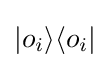
|o_{i}\rangle \langle o_{i}|